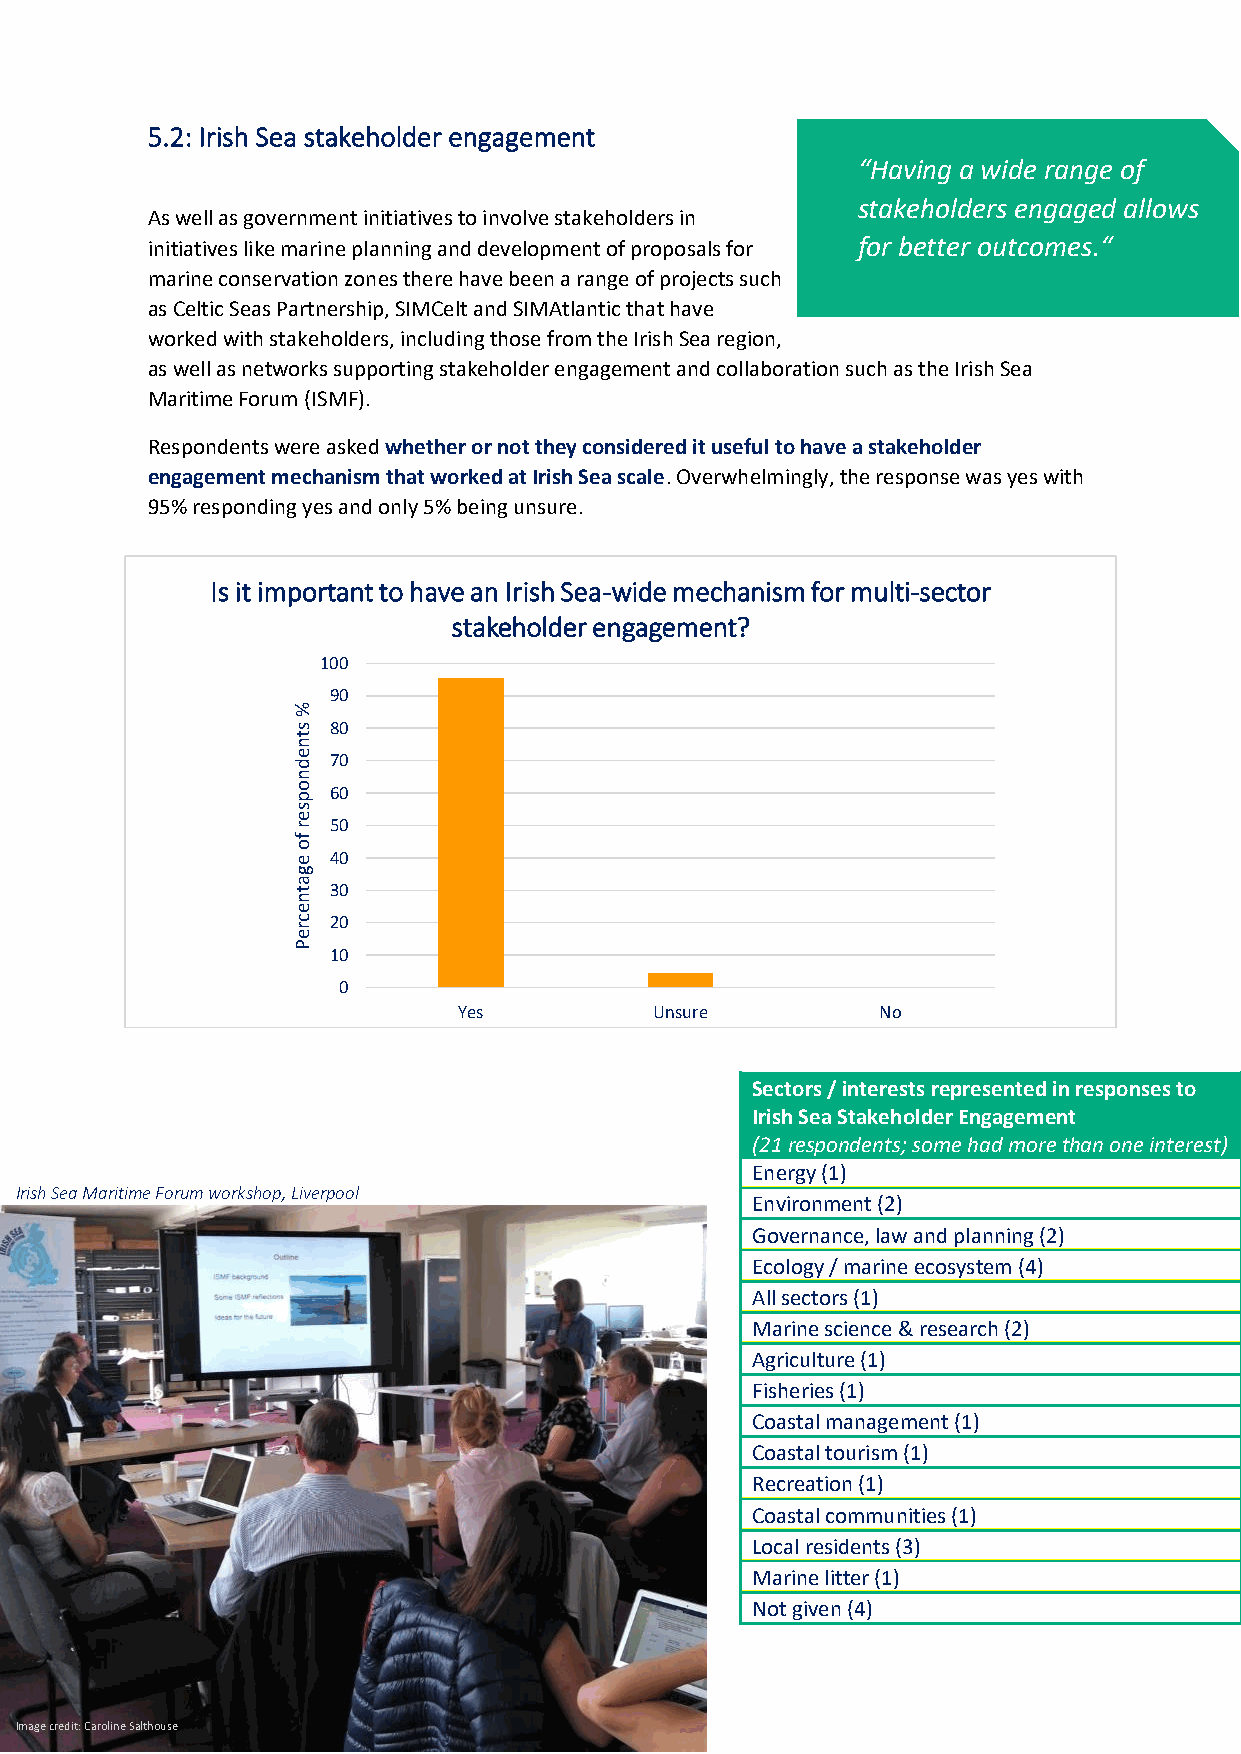
5.2: Irish Sea stakeholder engagement
 “Having a wide range of
 stakeholders engaged allows
 As well as government initiatives to involve stakeholders in
 initiatives like marine planning and development of proposals for for better outcomes.“
 marine conservation zones there have been a range of projects such
 as Celtic Seas Partnership, SIMCelt and SIMAtlantic that have
 worked with stakeholders, including those from the Irish Sea region,
 as well as networks supporting stakeholder engagement and collaboration such as the Irish Sea
 Maritime Forum (ISMF).
 Respondents were asked whether or not they considered it useful to have a stakeholder
 engagement mechanism that worked at Irish Sea scale. Overwhelmingly, the response was yes with
 95% responding yes and only 5% being unsure.
 Is it important to have an Irish Sea-wide mechanism for multi-sector
 stakeholder engagement?
 100
 90
 %
 s  80
 t
 n
 e d 70
 n
 o p 60
 s
 e
 r
 fo
 50
 e  40
 g
 a
 t  30
 n
 e
 c
 r
 20
 e
 P
 10
 0
 Yes          Unsure         No
 Sectors / interests represented in responses to
 Irish Sea Stakeholder Engagement
 (21 respondents; some had more than one interest)
 Energy (1)
 Irish Sea Maritime Forum workshop, Liverpool
 Environment (2)
 Governance, law and planning (2)
 Ecology / marine ecosystem (4)
 All sectors (1)
 Marine science & research (2)
 Agriculture (1)
 Fisheries (1)
 Coastal management (1)
 Coastal tourism (1)
 Recreation (1)
 Coastal communities (1)
 Local residents (3)
 Marine litter (1)
 Not given (4)
 Image credit: Caroline Salthouse